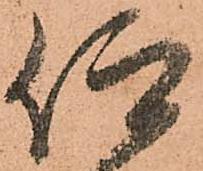
仰